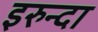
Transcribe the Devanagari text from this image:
इरुन्दा